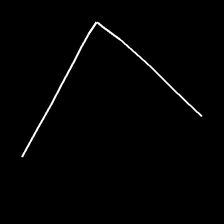
Glyph: region